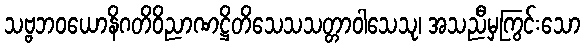
သဗ္ဗဘဝယောနိဂတိဝိညာဏဋ္ဌိတိသေသသတ္တာဝါသေသု၊ အသညီမှကြွင်းသော